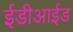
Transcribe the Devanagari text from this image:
ईडीआईड